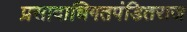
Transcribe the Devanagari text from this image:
प्रसादाधिगतपंडितराज